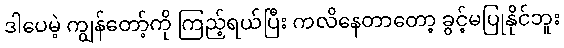
ဒါပေမဲ့ ကျွန်တော့်ကို ကြည့်ရယ်ပြီး ကလိနေတာတော့ ခွင့်မပြုနိုင်ဘူး